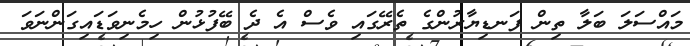
މައްސަލަ ބަލާ ތިން ފަނޑިޔާރުންގެ ތެރޭގައި ވެސް އެ ދެ ބޭފުޅުން ހިމެނިވަޑައިގަންނަވަ